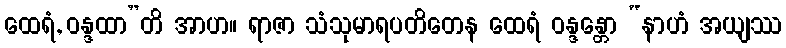
ထေရံ, ဝန္ဒထာ”တိ အာဟ။ ရာဇာ သံသုမာရပတိတေန ထေရံ ဝန္ဒန္တော “နာဟံ အယျဿ